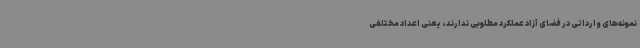
نمونه‌های وارداتی در فضای آزاد عملکرد مطلوبی ندارند، یعنی اعداد مختلفی